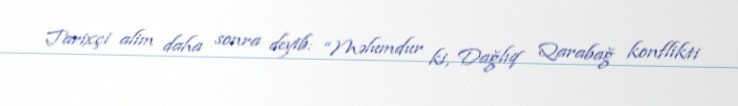
Tarixçi alim daha sonra deyib: “Məlumdur ki, Dağlıq Qarabağ konflikti